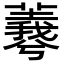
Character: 𦏡